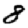
Digit: 8